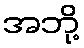
အဘို့